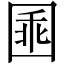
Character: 𡇸